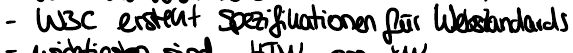
- W3C erstellt Spezfikationen für Webstandards